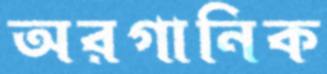
অরগানিক